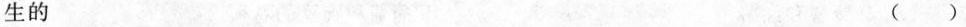
生的（）